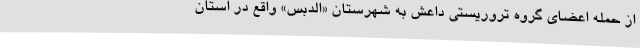
از حمله اعضای گروه تروریستی داعش به شهرستان «الدبس» واقع در استان